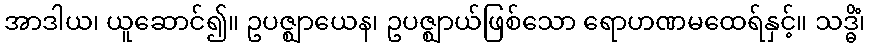
အာဒါယ၊ ယူဆောင်၍။ ဥပဇ္ဈာယေန၊ ဥပဇ္ဈာယ်ဖြစ်သော ရောဟဏမထေရ်နှင့်။ သဒ္ဓိံ၊